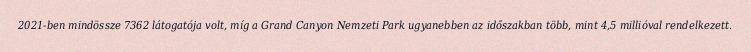
2021-ben mindössze 7362 látogatója volt, míg a Grand Canyon Nemzeti Park ugyanebben az időszakban több, mint 4,5 millióval rendelkezett.